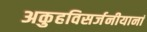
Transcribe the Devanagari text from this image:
अकुहविसर्जनीयानां